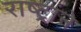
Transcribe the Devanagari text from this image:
राष्ट्रांने